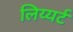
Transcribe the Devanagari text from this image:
लिय्यर्ट